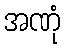
အဏုံ